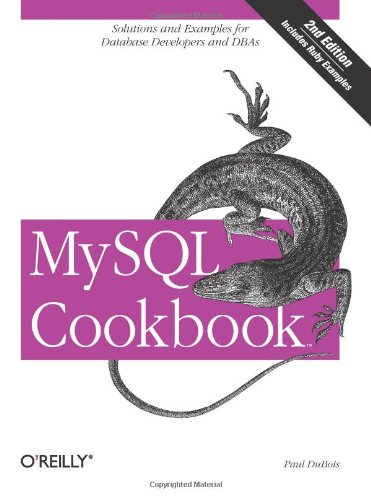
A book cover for MySQL Cookbook; Paul DuBois; Computers & Technology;